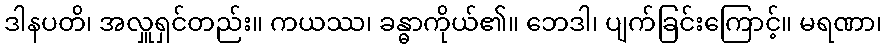
ဒါနပတိ၊ အလှူရှင်တည်း။ ကယဿ၊ ခန္ဓာကိုယ်၏။ ဘေဒါ၊ ပျက်ခြင်းကြောင့်။ မရဏာ၊